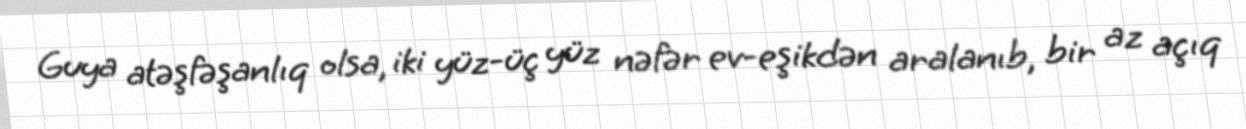
Guya atəşfəşanlıq olsa, iki yüz-üç yüz nəfər ev-eşikdən aralanıb, bir az açıq